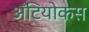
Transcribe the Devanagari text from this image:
अँटियोकस